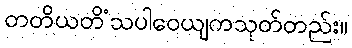
တတိယတိံသပါဝေယျကသုတ်တည်း။